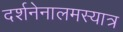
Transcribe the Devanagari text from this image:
दर्शनेनालमस्यात्र